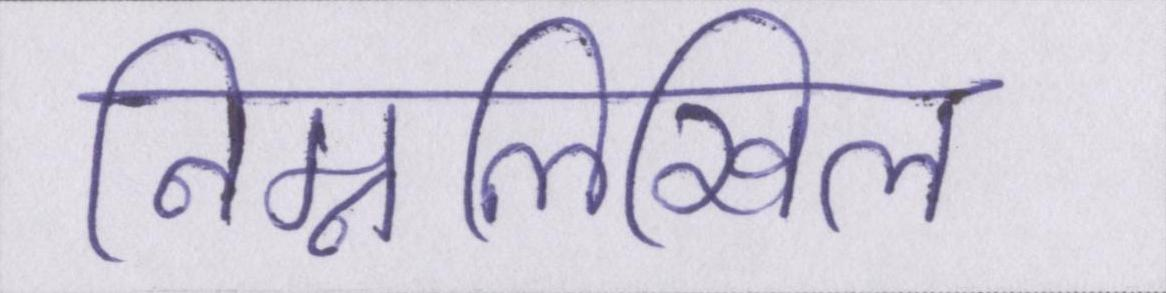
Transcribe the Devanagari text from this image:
निम्नलिखिल